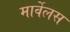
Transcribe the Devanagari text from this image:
मार्वेलस